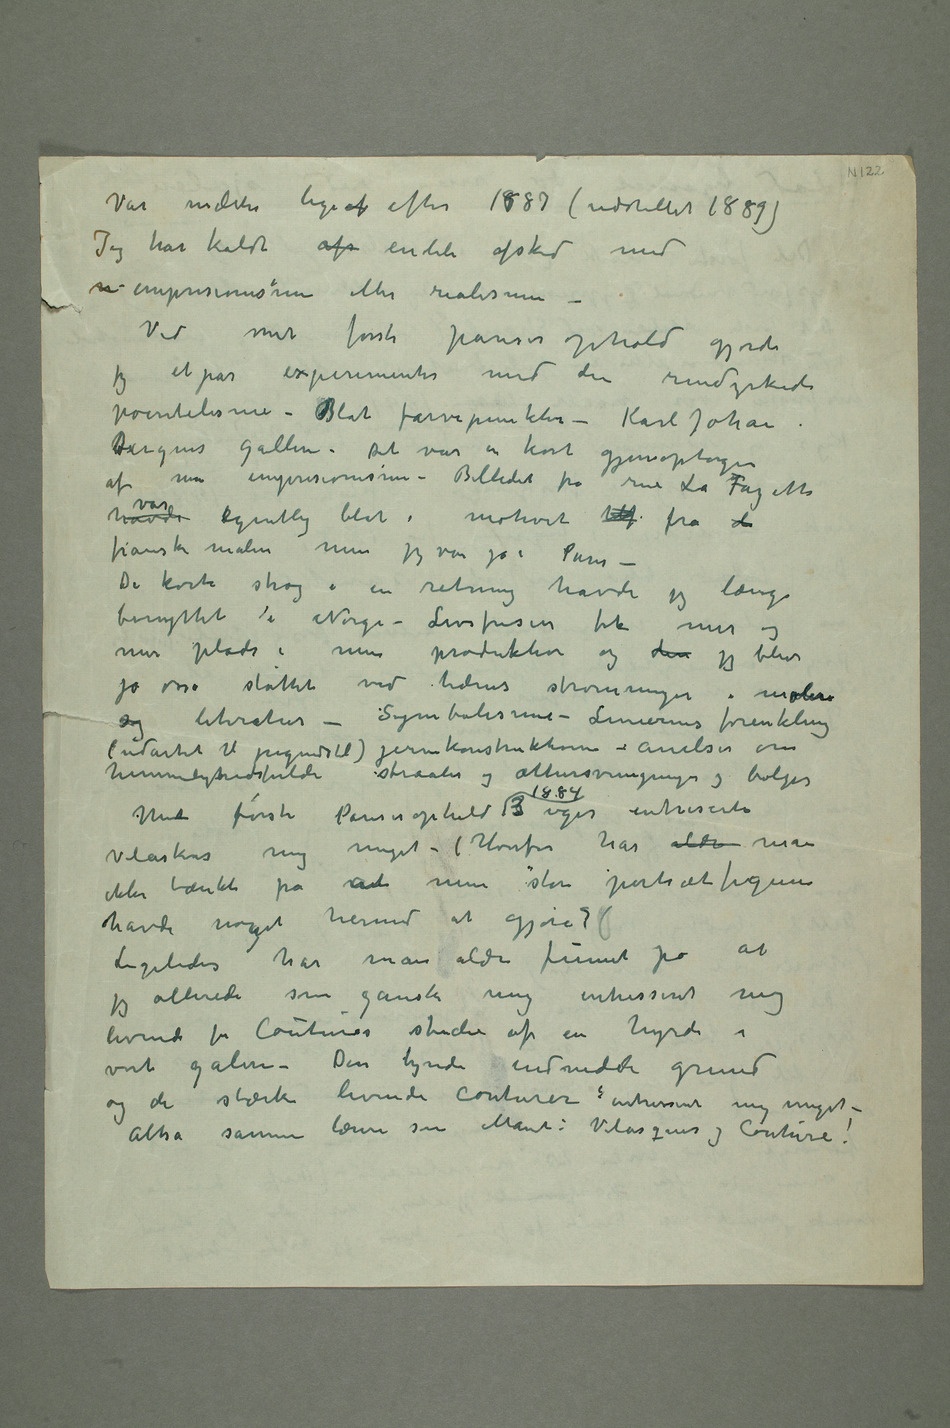
Vår maledes lige ef efter 1887 (udstillet 1889)
Jeg har kaldt afs endeli afsked med
n impresionismen eller realismen –
Ved mit første pariserophold gjorde
jeg et par experimenter med den rendyrkede
pointilisme – Blot farvepunkter – Karl Johan
bBergens galleri. Det var en kort
af min impresionisme – Billedet fra rue La Fayette
havde var egentlig blot i motivet  fra de
franske malere men jeg var jo i Paris
– De korte strøg i en retning havde jeg længe
benyttet i Norge – Livsfrisen fik mer og
mer plads i min produktion og den jeg blev
jo osså støttet ved tidens strømninger i maleri
og literatur – Symbolisme – Liniernes forenkling
(udartet til jugendstil) jernkonstruktioner – anelser om
hemmelighedsfulde straaler og æthersvingninger og bølger
Mit første Pariserophold 1884 3 uger intreserte
Velaskes mig meget – (Hvorfor har aldri man
havde noget hermed at gjøre?)
Ligeledes har man aldri funnet på at
jeg allerede som ganske ung intresseret mig
levende for Coutures studie af en hyrde i
vort galeri – Den tynde  grund
og de stærke levende conturer interesseret mig meget –